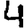
Digit: 4